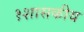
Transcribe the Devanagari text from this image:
१शासकीय